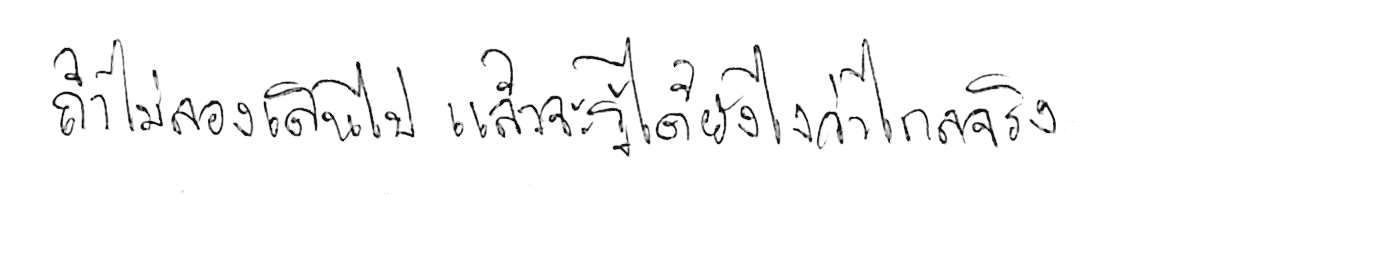
ถ้าไม่ลองเดินไป แล้วจะรู้ได้ยังไงว่าไกลจริง